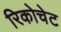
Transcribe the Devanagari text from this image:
रिकोचेट